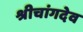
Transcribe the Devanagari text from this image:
श्रीचांगदेव